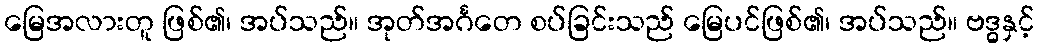
မြေအလားတူ ဖြစ်၏၊ အပ်သည်။ အုတ်အင်္ဂတေ စပ်ခြင်းသည် မြေပင်ဖြစ်၏၊ အပ်သည်။ ဗဒ္ဓနှင့်